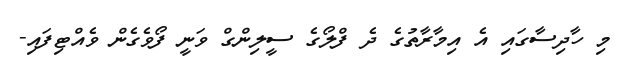
މި ހާދިސާގައި އެ އިމާރާތުގެ ދެ ފްލޯގެ ސީލިންގް ވަނީ ފޯވެގެން ވެއްޓިފައި-